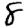
Digit: 8